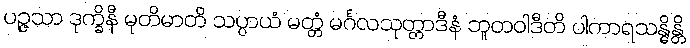
ပဉ္ဇသာ ဒုက္ခိနီ မုတိမာတိ သပ္ပာယံ မတ္တံ မင်္ဂလသုတ္တာဒီနံ ဘူတဝါဒီတိ ပါကာရသန္ဓိန္တိ